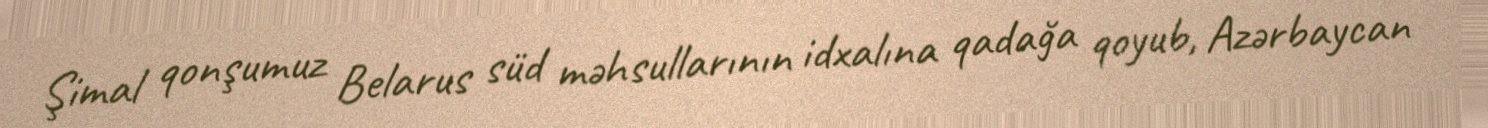
Şimal qonşumuz Belarus süd məhsullarının idxalına qadağa qoyub, Azərbaycan